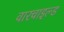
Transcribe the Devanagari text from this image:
वारचाइल्ड